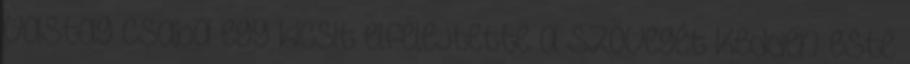
Vastag Csaba egy kicsit elfelejtette a szövegét Kedden este